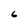
Character: 6